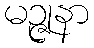
မဉ္ဇုနာ